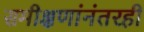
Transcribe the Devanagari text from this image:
समीक्षणांनंतरही